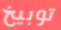
توبيخ